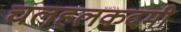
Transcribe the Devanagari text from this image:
चलहलकदमी